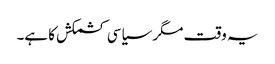
یہ وقت مگر سیاسی کشمکش کا ہے۔